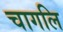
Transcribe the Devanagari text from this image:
चागलि